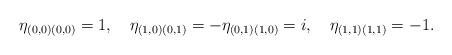
LaTeX: \begin{align*}\eta_{(0,0)(0,0)}=1 ,\quad\eta_{(1,0)(0,1)}=-\eta_{(0,1)(1,0)}=i , \quad\eta_{(1,1)(1,1)}=-1 .\end{align*}